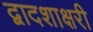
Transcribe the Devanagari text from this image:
द्वादशाक्षरी